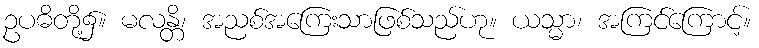
ဥပဓိတို့၌။ မလန္တိ၊ အညစ်အကြေးသာဖြစ်သည်ဟု။ ယသ္မာ၊ အကြင်ကြောင့်။